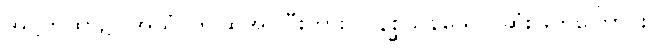
အဋ္ဌကထာ၌။ အယံ၊ ဤဆိုအပ်ပြီးကား။ ဝိနိစ္ဆယနယော၊ ဆုံးဖြတ်ကြောင်း